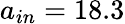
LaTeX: a_{in}=18.3